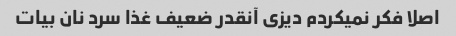
اصلا فکر نمیکردم دیزی آنقدر ضعیف غذا سرد نان بیات